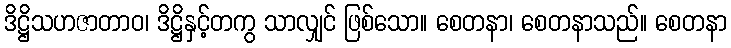
ဒိဋ္ဌိသဟဇာတာဝ၊ ဒိဋ္ဌိနှင့်တကွ သာလျှင် ဖြစ်သော။ စေတနာ၊ စေတနာသည်။ စေတနာ